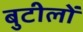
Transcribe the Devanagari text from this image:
बुटीलों